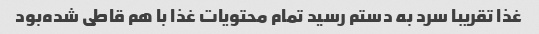
غذا تقریبا سرد به دستم رسید تمام محتویات غذا با هم قاطی شده‌بود